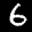
Label: 6